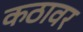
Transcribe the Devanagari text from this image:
कठावर